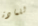
للمادة